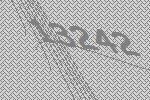
13242